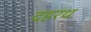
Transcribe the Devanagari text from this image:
दहरथ